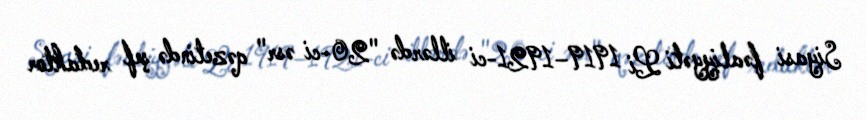
Siyasi fəaliyyəti Li 1919–1921-ci illərdə "20-ci əsr" qəzetində şef redaktor